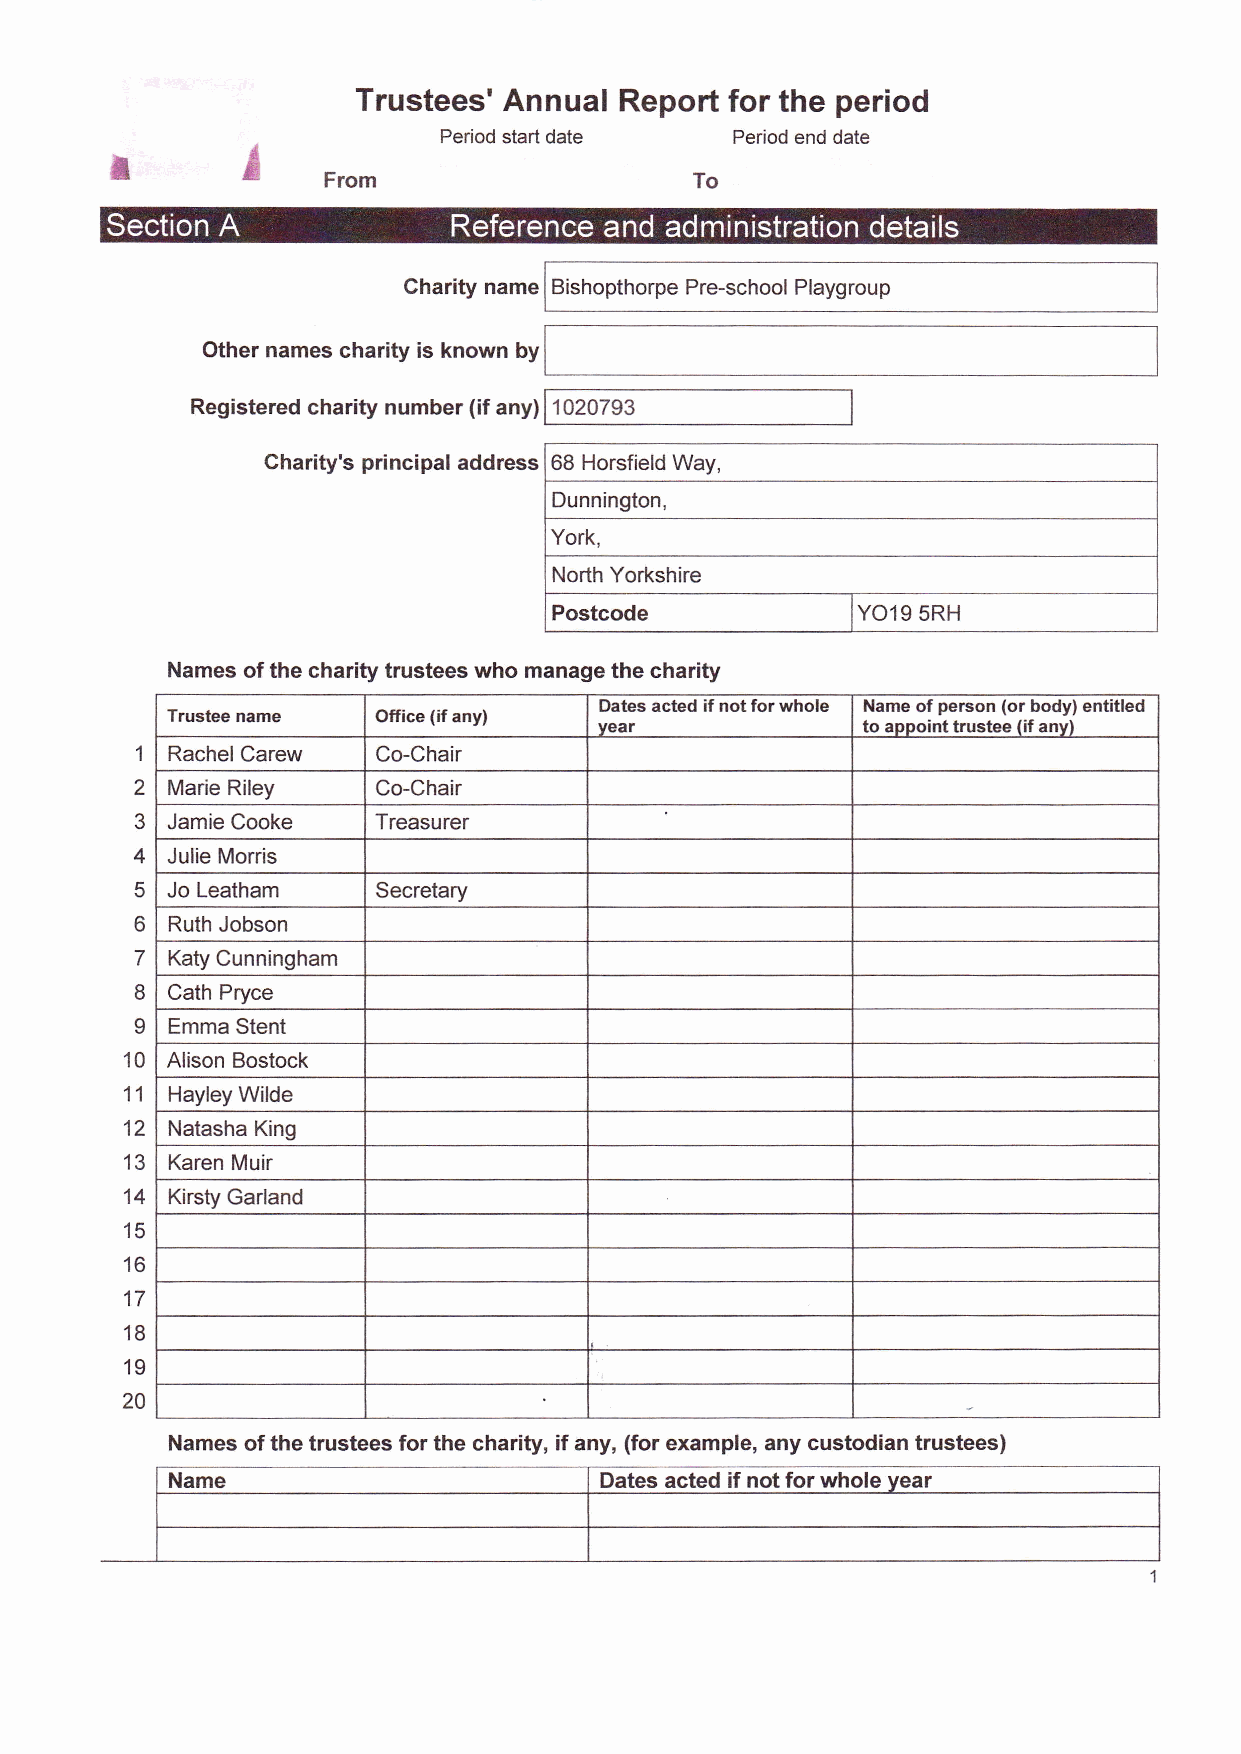
Trustees' Annual Report for the period
 Period start date   Period end date
 n
 From
 Section A              Reference and administration details
 Charity name Bishopthorpe Pre-school Playgroup
 Other names charity is known by
 Registered charity number (if any) 1020793
 Charity's principal address 68 Horsfield Way,
 Dunnington,
 York,
 North Yorkshire
 Postcode
 lYO19 sRH
 Names of the charity trustees who manage the charity
 Dates acted if not for whole Name of person (or body) entitled
 Trustee name  Office (if any)
 vear             to appoint trustee (if any)
 RachelCarew   Co-Chair
 1
 2 Marie Riley   Co-Chair
 3 Jamie Cooke   Treasurer
 4 Julie Morris
 5 Jo Leatham    Secretary
 o Ruth Jobson
 7 Katy Cunningham
 8 Cath Pryce
 I
 Emma Stent
 10 Alison Bostock
 11 Hayley Wilde
 12 Natasha King
 13 Karen Muir
 14 Kirsty Garland
 15
 16
 17
 18
 19
 20
 Names of the trustees for the charity, if any, (for example, any custodian trustees)
 Dates acted if not for whole